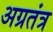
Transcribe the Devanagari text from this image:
अग्रतंत्र